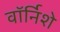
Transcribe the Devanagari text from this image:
वॉर्निशे